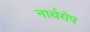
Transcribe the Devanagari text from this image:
नार्थरोप